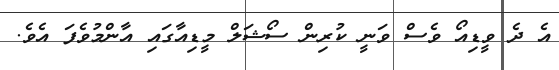
އެ ދެ ވީޑިއޯ ވެސް ވަނީ ކުރިން ސޯޝަލް މީޑިއާގައި އާންމުވެފަ އެވެ.